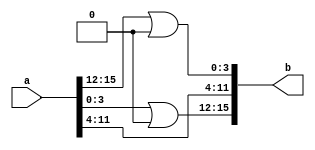
module swap(a,b);
  input [15:0]a;
  output [15:0]b;
  wire [15:0]b;
  wire[3:0]m1,l1;
  assign m1=(a[15:12] | 4'b0000);
  assign l1=(a[3:0] | 4'b0000);
  assign b[15:12]=l1;
 
assign b[11:4]=a[11:4];
  assign b[3:0]=m1;
endmodule